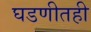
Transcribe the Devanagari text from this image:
घडणीतही